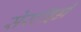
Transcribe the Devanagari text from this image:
सेस्टॉइडी